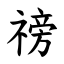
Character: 䄘